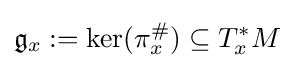
{\mathfrak {g}}_{x}:=\ker(\pi _{x}^{\#})\subseteq T_{x}^{*}M